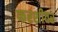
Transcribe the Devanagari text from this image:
फरशीवर